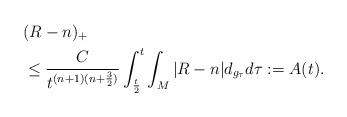
LaTeX: \begin{align*}&(R-n)_+\\&\le \frac{C}{t^{(n+1)(n+\frac{3}{2})}}\int_{\frac{t}{2}}^t\int_M|R-n|d_{g_\tau}d\tau:=A(t).\end{align*}